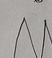
Signature authenticity: genuine